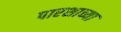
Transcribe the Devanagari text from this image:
पारशाच्या